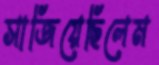
সাজিয়েছিলেম